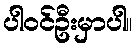
ပါဝင်ဦးမှာပါ။